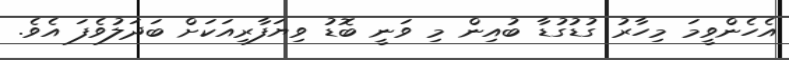
އެހެންވީމަ މިހާރު ގުޑުގުޑާ ބުއިން މި ވަނީ ބޮޑު ވިޔަފާރިއަކަށް ބަދަލުވެފަ އެވެ.